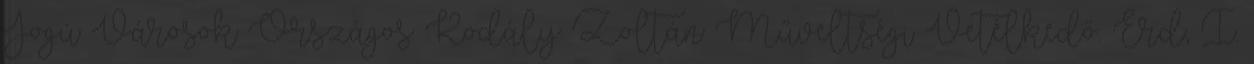
Jogú Városok Országos Kodály Zoltán Műveltségi Vetélkedő. Érd, I.